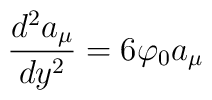
\frac{d^2 a_\mu}{dy^2} = 6 \varphi_0 a_\mu